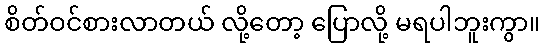
စိတ်ဝင်စားလာတယ် လို့တော့ ပြောလို့ မရပါဘူးကွာ။